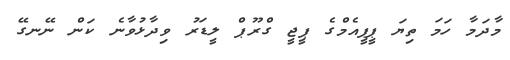
މާދަމާ ހަމަ ތިޔަ ޕީޕީއެމްގެ ޕީޖީ ގްރޫޕް ލީޑަރު ވިދާޅުވާނެ ކަން ނޭނގޭ